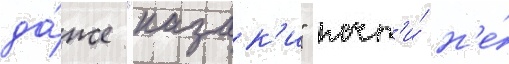
да́же "казак'и" почт'и́ н'е́